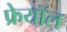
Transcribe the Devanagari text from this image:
फ्रेयॉल